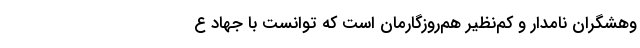
وهشگرانِ نامدارِ و کم‌نظیرِ هم‌روزگارمان است که توانست با جهادِ ع